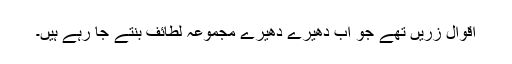
اقوال زریں تھے جو اب دھیرے دھیرے مجموعہ لطائف بنتے جا رہے ہیں۔